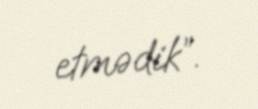
etmədik”.